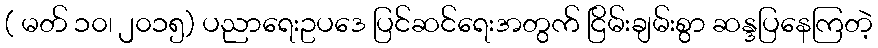
( မတ် ၁၀၊ ၂၀၁၅) ပညာရေးဥပဒေ ပြင်ဆင်ရေးအတွက် ငြိမ်းချမ်းစွာ ဆန္ဒပြနေကြတဲ့